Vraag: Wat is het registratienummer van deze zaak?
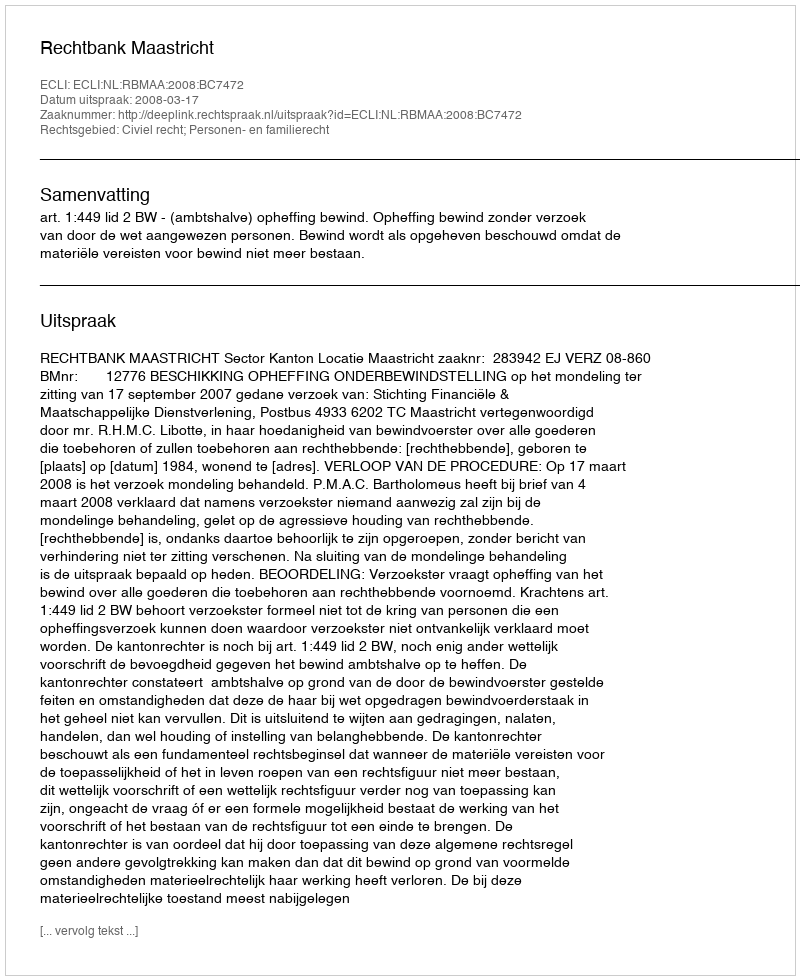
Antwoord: http://deeplink.rechtspraak.nl/uitspraak?id=ECLI:NL:RBMAA:2008:BC7472